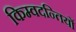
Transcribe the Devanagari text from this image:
किम्वदन्तियों